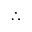
\therefore